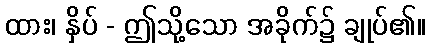
ထား၊ နှိပ် - ဤသို့သော အခိုက်၌ ချုပ်၏။